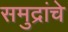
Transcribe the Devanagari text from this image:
समुद्रांचे